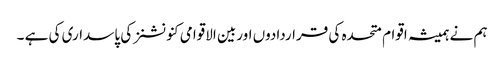
ہم نے ہمیشہ اقوام متحدہ کی قراردادوں اوربین الاقوامی کنونشنز کی پاسداری کی ہے ۔